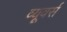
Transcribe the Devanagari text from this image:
व्यूवर्स